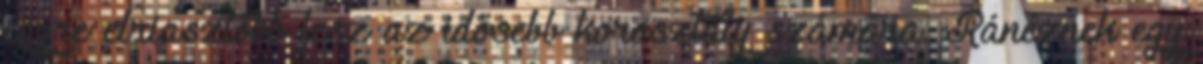
egyre elriasztóbb lesz az idősebb korosztály számára. Ránéznek egy